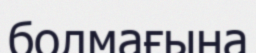
болмағына